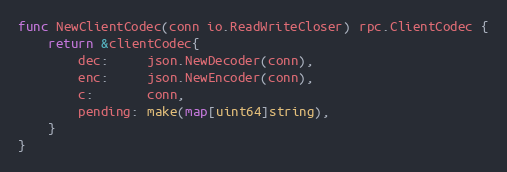
Language: Go
func NewClientCodec(conn io.ReadWriteCloser) rpc.ClientCodec {
	return &clientCodec{
		dec:     json.NewDecoder(conn),
		enc:     json.NewEncoder(conn),
		c:       conn,
		pending: make(map[uint64]string),
	}
}